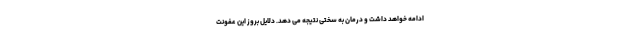
ادامه خواهد داشت و درمان به سختی نتیجه می دهد. دلایل بروز این عفونت